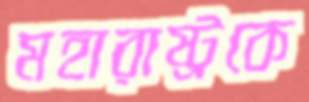
মহারাষ্ট্রকে